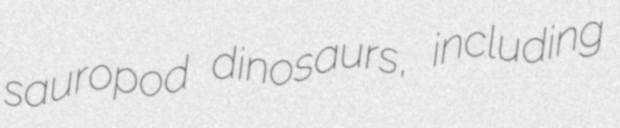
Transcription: sauropod dinosaurs, including